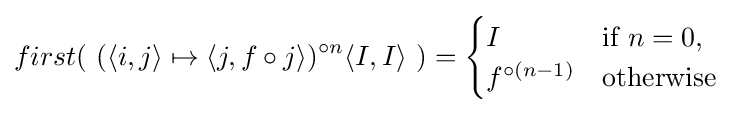
first(\ (\langle i,j\rangle \mapsto \langle j,f\circ j\rangle )^{\circ n}\langle I,I\rangle \ )={\begin{cases}I&{\mbox{if }}n=0,\\f^{\circ (n-1)}&{\mbox{otherwise}}\end{cases}}